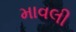
માવલી